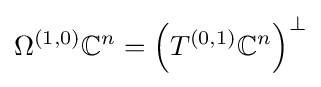
\Omega ^{(1,0)}\mathbb {C} ^{n}=\left(T^{(0,1)}\mathbb {C} ^{n}\right)^{\bot }